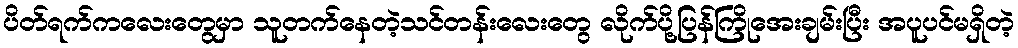
ပိတ်ရက်ကလေးတွေမှာ သူတက်နေတဲ့သင်တန်းလေးတွေ လိုက်ပို့ပြန်ကြိုအေးချမ်းပြီး အပူပင်မရှိတဲ့